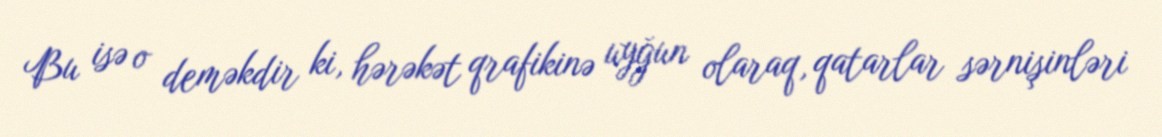
Bu isə o deməkdir ki, hərəkət qrafikinə uyğun olaraq, qatarlar sərnişinləri